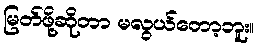
မြတ်ဖို့ဆိုတာ မလွယ်တော့ဘူး။